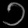
Digit: ၁